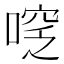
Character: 𠷖